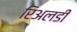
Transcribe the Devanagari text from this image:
रिअलडी